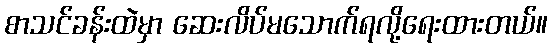
စာသင်ခန်းထဲမှာ ဆေးလိပ်မသောက်ရလို့ရေးထားတယ်။